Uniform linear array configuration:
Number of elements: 4
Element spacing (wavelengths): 0.5
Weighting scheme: blackman
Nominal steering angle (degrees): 15
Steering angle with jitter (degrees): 15.473
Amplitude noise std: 0.05
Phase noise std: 0.05

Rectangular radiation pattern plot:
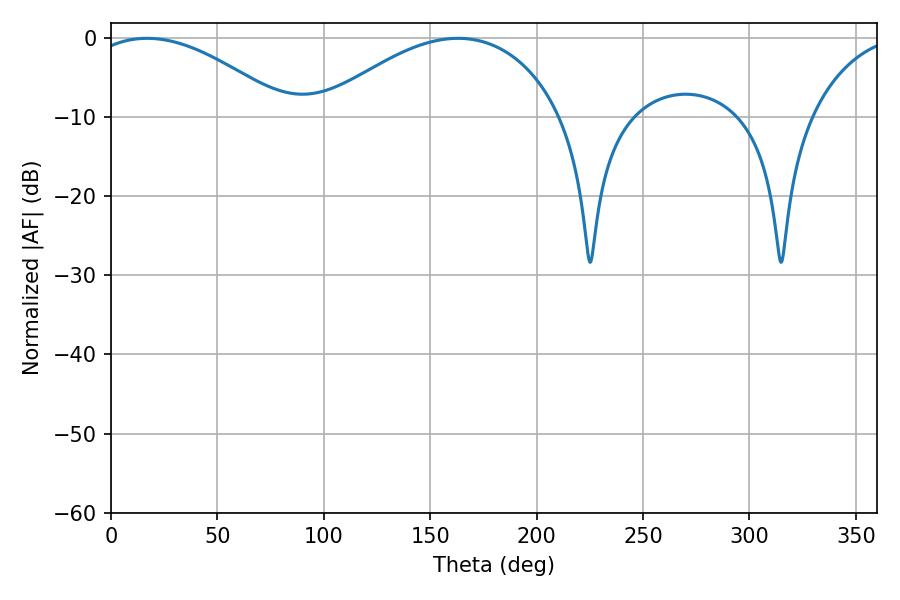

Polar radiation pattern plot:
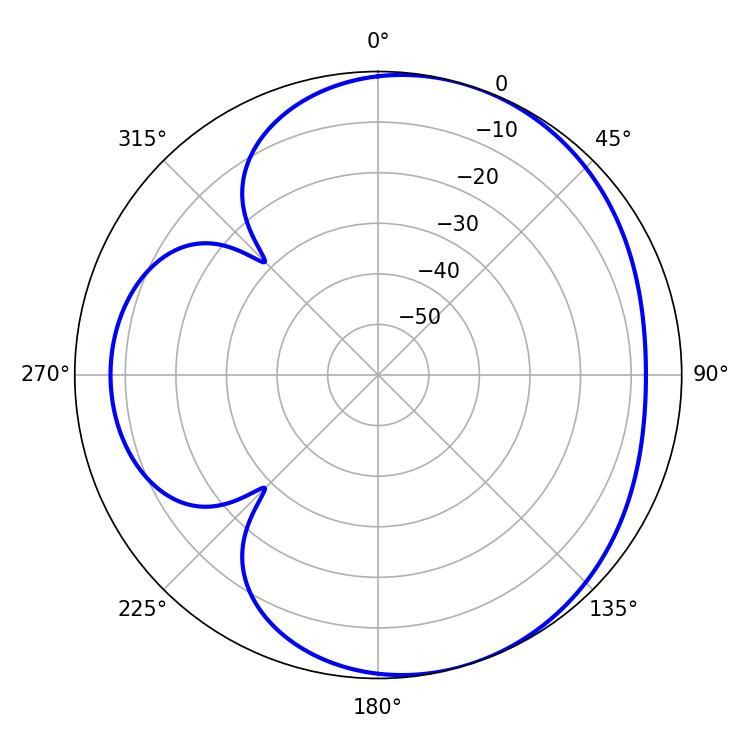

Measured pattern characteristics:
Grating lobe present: FALSE
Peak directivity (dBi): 4.513
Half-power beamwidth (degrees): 52.2
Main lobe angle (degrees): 16.92